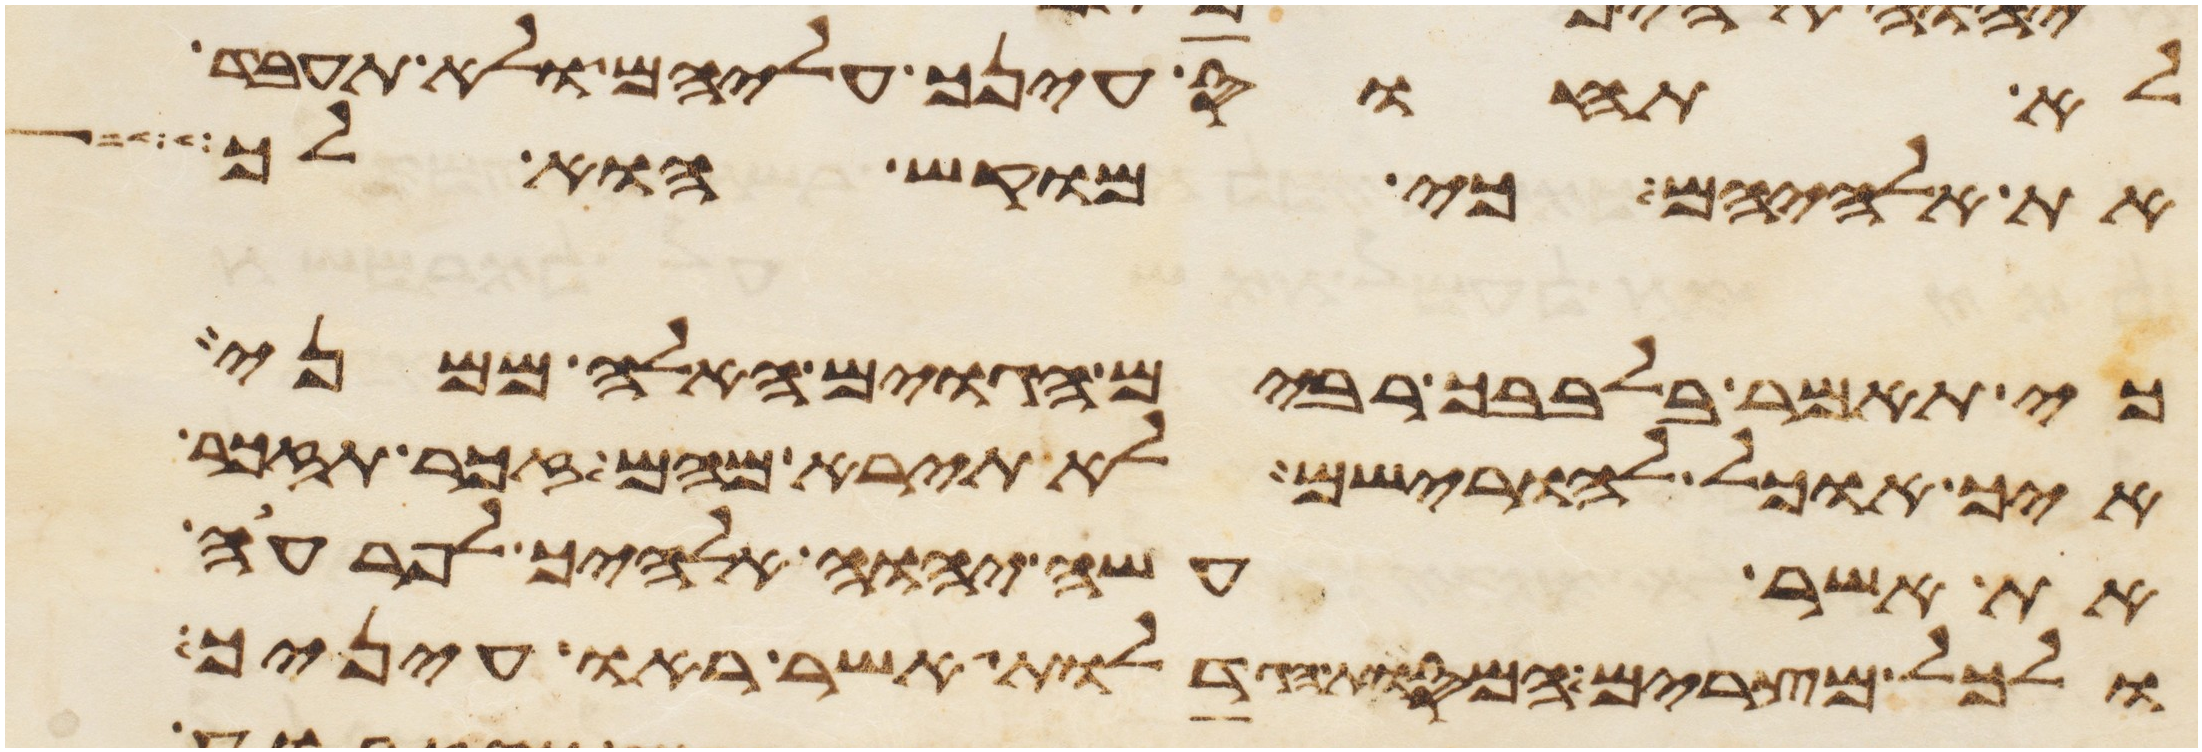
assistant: לא תחוס עינך עליהם ולא תעבד
את אלהיהם כי מוקש הוא לך
כי תאמר בלבבך רבים הגוים האלה ממני
איך אוכל להורישם לא תירא מהם זכר תזכר
את אשר עשה יהוה אלהיך לפרעה
ולכל מצרים המסות הגדלות אשר ראו עיניך